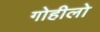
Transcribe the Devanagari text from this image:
गोहीलो